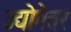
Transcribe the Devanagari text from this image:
उद्योगेतर